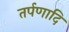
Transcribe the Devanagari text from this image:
तर्पणादि